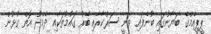
ޕީޕީއެމްގެ ބަޔާނުގައި ބުނެފައި ވަނީ ސަރުކާރާއި ބޭރު ގައުމުތަކާއި ދެމެދު އޮތް ގުޅުން